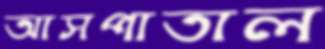
আসপাতাল